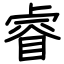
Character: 睿